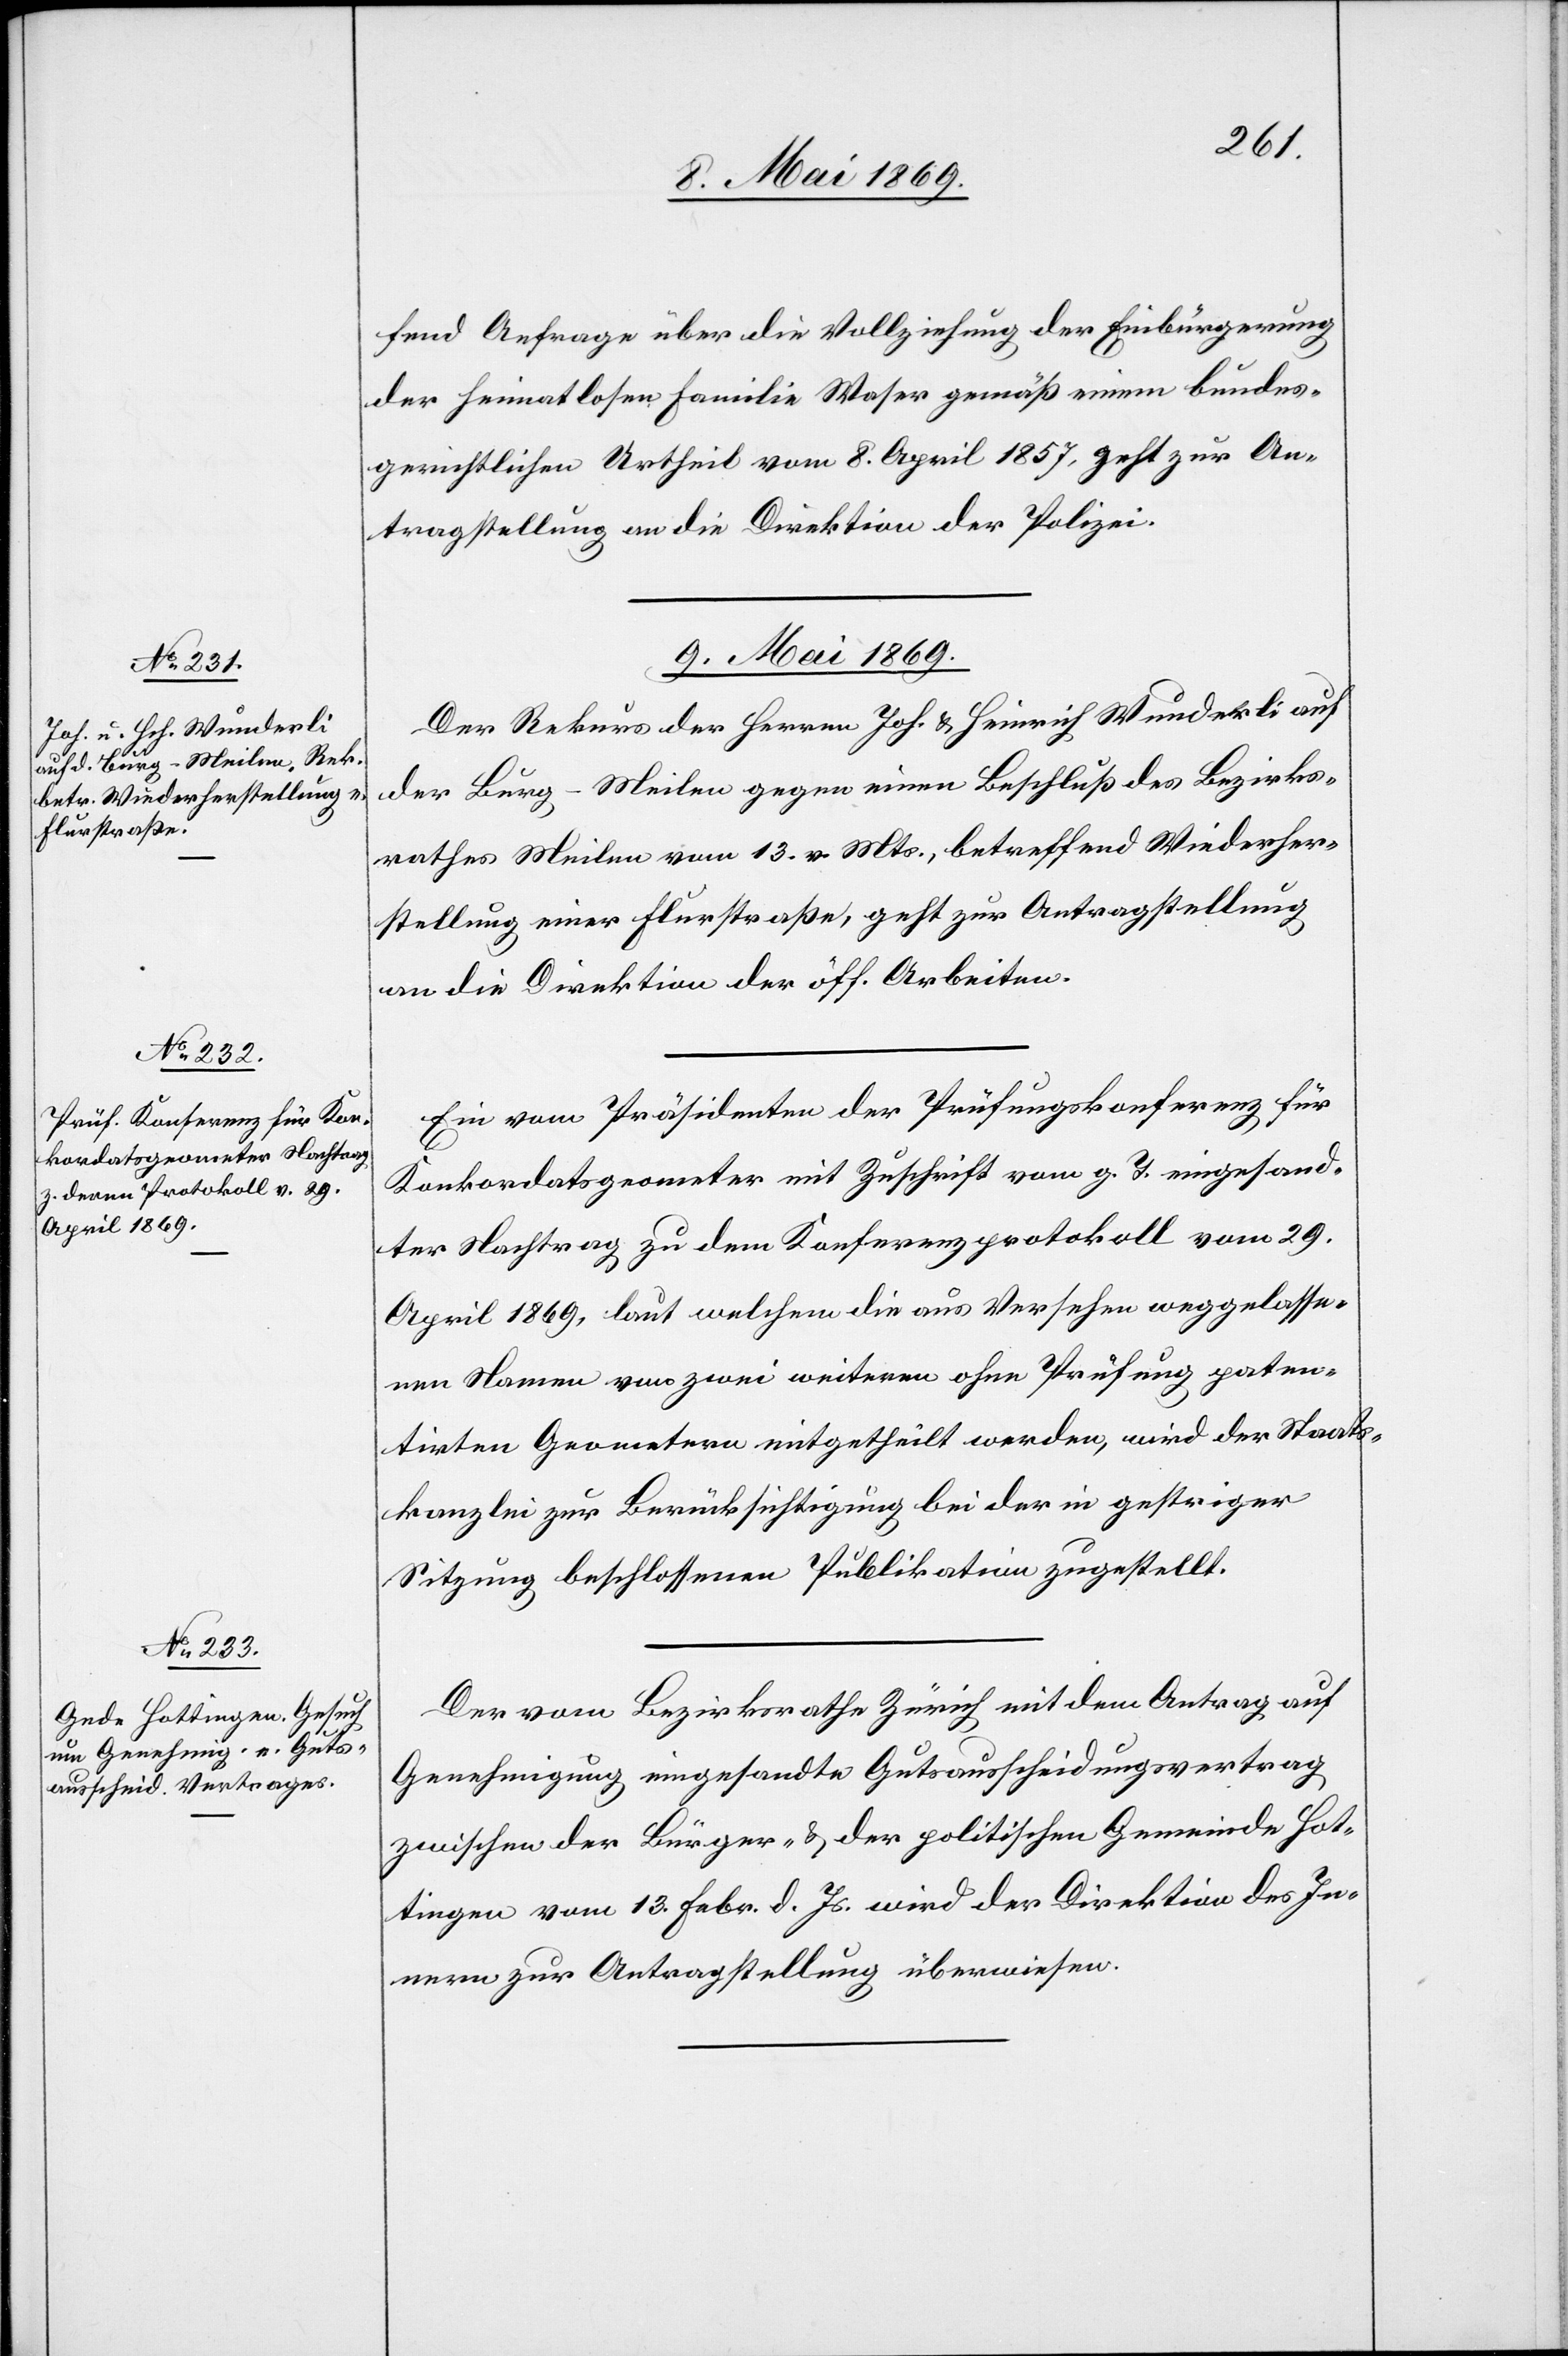
fend Anfrage über die Vollziehung der Einbürgerung
der heimatlosen Familie Waser gemäß einem bundes¬
gerichtlichen Urtheil vom 8. April 1857, geht zur An¬
tragstellung an die Direktion der Polizei.
9. Mai 1869.]
Der Rekurs des Herrn Jos. u. Heinrich Wunderli auf
der Burg-Meilen gegen einen Beschluß des Bezirks¬
rathes Meilen vom 13. v. Mts., betreffend Wiederher¬
stellung einer Flurstraße, geht zur Antragstellung
an die Direktion der öff. Arbeiten.
Ein vom Präsidenten der Prüfungskonferenz für
Konkordatsgeometer mit Zuschrift vom g. T. eingesand¬
ter Nachtrag zu dem Konferenzprotokoll vom 29.
April 1869, laut welchem die aus Versehen weggelasse¬
nen Namen von zwei weiteren ohne Prüfung paten¬
tirten Grometern mitgetheilt werden, wird der Staats¬
kanzlei zur Berücksichtigung bei der in gestriger
Sitzung beschlossenen Publikation zugestellt.
Der vom Bezirksrathe Zürich mit dem Antrag auf
Genehmigung eingesandte Gutausscheidungsvertrag
zwischen der Bürger- u. der politischen Gemeinde Hot¬
tingen vom 13. Febr. d. Js. wird der Direktion des In¬
nern zur Antragstellung überwiesen.